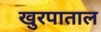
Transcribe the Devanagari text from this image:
खुरपाताल